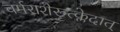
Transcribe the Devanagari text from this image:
चर्मराशेरूत्क्लेदात्